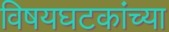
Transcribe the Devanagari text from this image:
विषयघटकांच्या